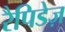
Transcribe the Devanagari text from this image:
रैपिडेज़